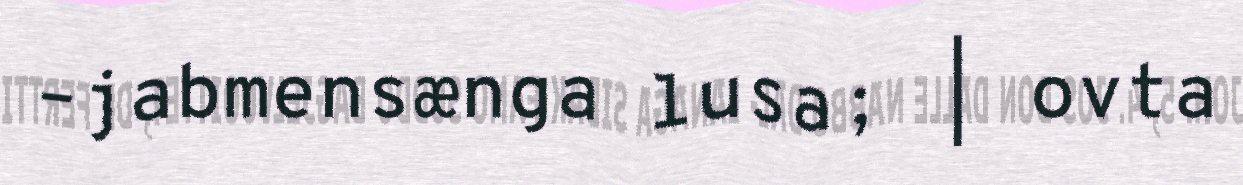
–jabmensænga lusa; | ovta